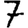
Digit: 7